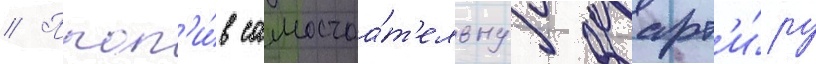
// Проп'и́в самостоа́т'ельнуу кварт'и́ру